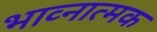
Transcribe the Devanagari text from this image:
भाव्नात्मक